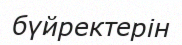
бүйректерін